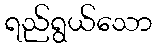
ရည်ရွယ်သော